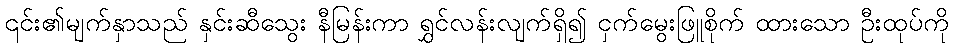
၎င်း၏မျက်နှာသည် နှင်းဆီသွေး နီမြန်းကာ ရွှင်လန်းလျက်ရှိ၍ ငှက်မွေးဖြူစိုက် ထားသော ဦးထုပ်ကို